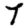
Digit: 7